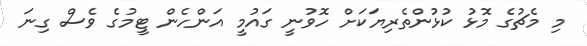
މި މެޗުގެ މޮޅު ކުޅުންތެރިޔަކަށް ހޮވުނީ ގައުމީ އަންހެން ޓީމުގެ ވެސް ގިނަ